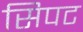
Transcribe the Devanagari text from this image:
सिपट